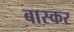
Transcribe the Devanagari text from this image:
बास्कर